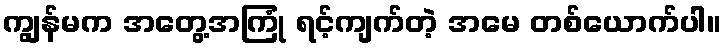
ကျွန်မက အတွေ့အကြုံ ရင့်ကျက်တဲ့ အမေ တစ်ယောက်ပါ။